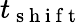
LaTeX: t_{\mathrm{~s~h~i~f~t~}}